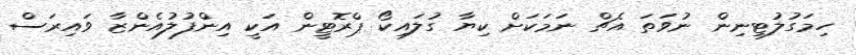
ހިމަގުލުޓިނިން ނުވަތަ އެޗް ނަމަކަށް ކިޔާ ގުލައިކޯ ޕްރޮޓީން އަކީ އިންފުލުއެންޒާ ވައިރަސް